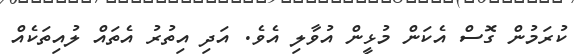
ކުރަމުން ގޮސް އެކަން މުޅީން އުވާލި އެވެ. އަދި އިތުރު އެތައް ލުއިތަކެއް